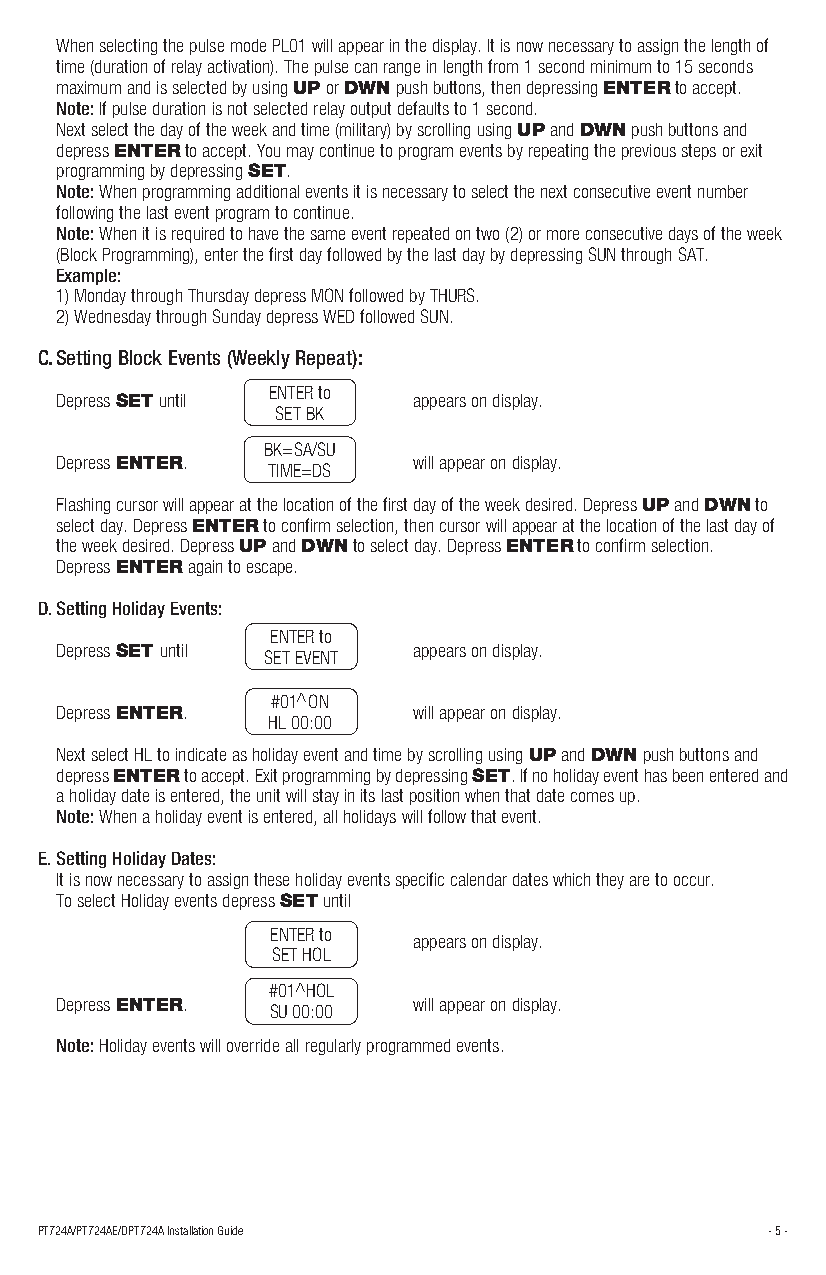
When selecting the pulse mode PL01 will appear in the display. It is now necessary to assign the length of
 time (duration of relay activation). The pulse can range in length from 1 second minimum to 15 seconds
 maximum and is selected by using UP or DWN push buttons, then depressing ENTER to accept.
 Note: If pulse duration is not selected relay output defaults to 1 second.
 Next select the day of the week and time (military) by scrolling using UP and DWN push buttons and
 depress ENTER to accept. You may continue to program events by repeating the previous steps or exit
 programming by depressing SET.
 Note: When programming additional events it is necessary to select the next consecutive event number
 following the last event program to continue.
 Note: When it is required to have the same event repeated on two (2) or more consecutive days of the week
 (Block Programming), enter the first day followed by the last day by depressing SUN through SAT.
 Example:
 1) Monday through Thursday depress MON followed by THURS.
 2) Wednesday through Sunday depress WED followed SUN.
 C. Setting Block Events (Weekly Repeat):
 ENTER to
 Depress SET until      appears on display.
 SET BK
 BK=SA/SU
 Depress ENTER.         will appear on display.
 TIME=DS
 Flashing cursor will appear at the location of the first day of the week desired. Depress UP and DWN to
 select day. Depress ENTER to confirm selection, then cursor will appear at the location of the last day of
 the week desired. Depress UP and DWN to select day. Depress ENTER to confirm selection.
 Depress ENTER again to escape.
 D. Setting Holiday Events:
 ENTER to
 Depress SET until      appears on display.
 SET EVENT
 #01 ON
 Depress ENTER.         will appear on display.
 HL 00:00
 Next select HL to indicate as holiday event and time by scrolling using UP and DWN push buttons and
 depress ENTER to accept. Exit programming by depressing SET. If no holiday event has been entered and
 a holiday date is entered, the unit will stay in its last position when that date comes up.
 Note: When a holiday event is entered, all holidays will follow that event.
 E. Setting Holiday Dates:
 It is now necessary to assign these holiday events specific calendar dates which they are to occur.
 To select Holiday events depress SET until
 ENTER to
 appears on display.
 SET HOL
 #01 HOL
 Depress ENTER.         will appear on display.
 SU 00:00
 Note: Holiday events will override all regularly programmed events.
 PT724A/PT724AE/DPT724A Installation Guide        - 5 -
 >
 >